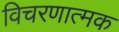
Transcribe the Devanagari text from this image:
विचरणात्मक